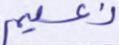
نعيم